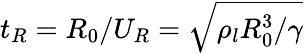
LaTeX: t_{R}=R_{0}/U_{R}=\sqrt{\rho_{l}R_{0}^{3}/\gamma}